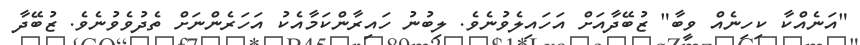
"އަނެއްކާ ކިހިނެއް ވީބާ" ޒުބޭދާއަށް އަހައިލެވުނެވެ. ލިބުނު ހައިރާންކަމާއެކު އަހަރެންނަށް ތެދުވެވުނެވެ. ޒުބޭދާ